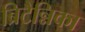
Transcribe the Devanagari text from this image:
ब्रिटैन्निका